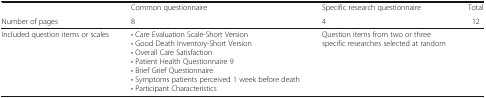
<table><thead><tr><td></td><td><b>Common questionnaire</b></td><td><b>Specific research questionnaire</b></td><td><b>Total</b></td></tr><tr><td><b>Number of pages</b></td><td><b>8</b></td><td><b>4</b></td><td><b>12</b></td></tr></thead><tbody><tr><td>Included question items or scales</td><td>• Care Evaluation Scale-Short Version• Good Death Inventory-Short Version• Overall Care Satisfaction• Patient Health Questionnaire 9• Brief Grief Questionnaire• Symptoms patients perceived 1 week before death• Participant Characteristics</td><td>Question items from two or three specific researches selected at random</td><td></td></tr></tbody></table>